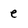
Character: e